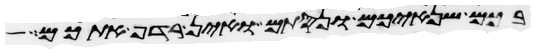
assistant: בכם שנאיכם ונסתם ואין רדף אתכם